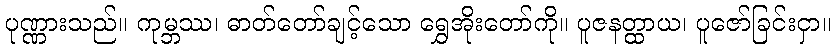
ပုဏ္ဏားသည်။ ကုမ္ဘဿ၊ ဓာတ်တော်ချင့်သော ရွှေအိုးတော်ကို။ ပူဇနတ္ထာယ၊ ပူဇော်ခြင်းငှာ။